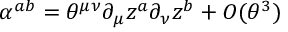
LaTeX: \alpha ^ { a b } = \theta ^ { \mu \nu } \partial _ { \mu } z ^ { a } \partial _ { \nu } z ^ { b } + O ( \theta ^ { 3 } )